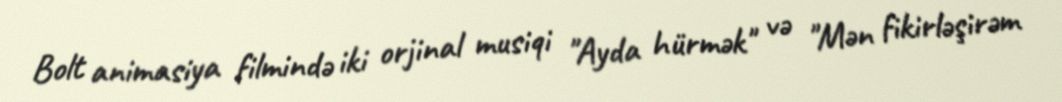
Bolt animasiya filmində iki orjinal musiqi "Ayda hürmək" və "Mən fikirləşirəm